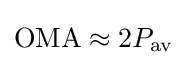
{\text{OMA}}\approx 2P_{\text{av}}